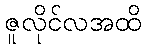
ဇူလိုင်လအထိ